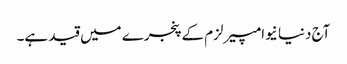
آج دنیا نیوامپیرلزم کے پنجرے میں قید ہے۔